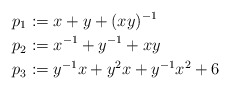
\begin{align*}p_1&:= x + y + (xy)^{-1} \\p_2&:= x^{-1} + y^{-1} + xy\\p_3&:= y^{-1}x + y^2x + y^{-1}x^2 +6\end{align*}